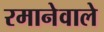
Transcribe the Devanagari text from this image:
रमानेवाले